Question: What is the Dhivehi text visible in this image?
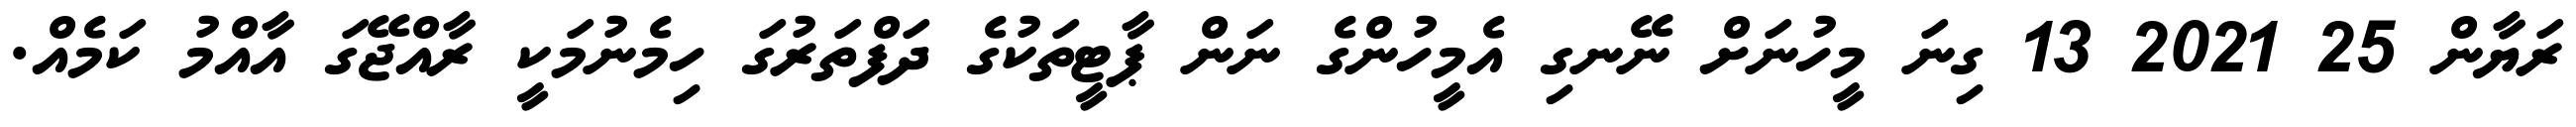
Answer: ރަޔާން 25 2021 13 ގިނަ މީހުނަށް ނޭނގި އެމީހުންގެ ނަން ޕާޓީތަކުގެ ދަފްތަރުގަ ހިމެނުމަކީ ރާއްޖޭގަ އާއްމު ކަމެއް.